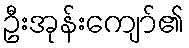
ဦးအုန်းကျော်၏